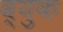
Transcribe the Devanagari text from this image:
व्युक